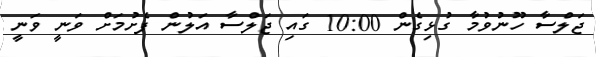
ޖަލްސާ ހޫނުވުމާ ގުޅިގެން 10:00 ގައި ޖަލްސާ އަލުން ފެށުމަށް ވަނީ ވަނީ